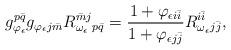
LaTeX: \begin{align*}g_{\varphi_{\epsilon}}^{p \bar{q}} g_{\varphi_{\epsilon}j \bar{m}} R_{\omega_{\epsilon}}^{\bar{m}j}{}_{p \bar{q}}=\frac{1+\varphi_{\epsilon i \bar{i}}}{1+\varphi_{\epsilon j \bar{j}}} R_{\omega_{\epsilon}}^{i\bar{i}}{}_{j\bar{j}},\end{align*}